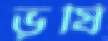
ভূর্ষি